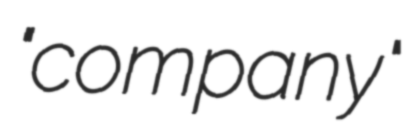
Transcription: "company"